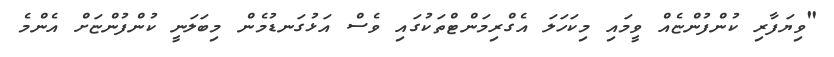
"ވިޔަފާރި ކުންފުންޏެއް ވީމައި މިކަހަލަ އެގްރިމަންޓްތަކުގައި ވެސް އަޅުގަނޑުމެން މިބަލަނީ ކުންފުންޏަށް އެންމެ